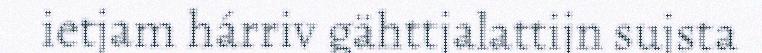
ietjam hárriv gähttjalattijn sujsta